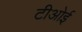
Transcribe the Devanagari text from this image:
टीओई